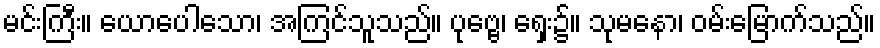
မင်းကြီး။ ယောပေါသော၊ အကြင်သူသည်။ ပုဗ္ဗေ၊ ရှေး၌။ သုမနော၊ ဝမ်းမြောက်သည်။